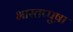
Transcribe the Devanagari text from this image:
भारतप्पुष़ा